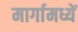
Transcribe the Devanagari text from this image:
मार्गामध्यें